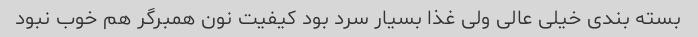
بسته بندی خیلی عالی ولی غذا بسیار سرد بود کیفیت نون همبرگر هم خوب نبود